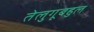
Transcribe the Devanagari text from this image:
तेलुगूबहुल